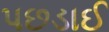
પછડાઈ